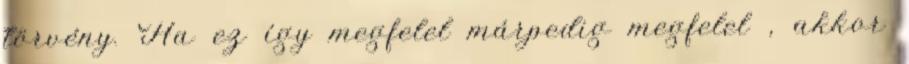
törvény. Ha ez így megfelel márpedig megfelel , akkor